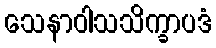
သေနာဝါသသိက္ခာပဒံ